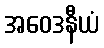
အဝေဒနီယံ